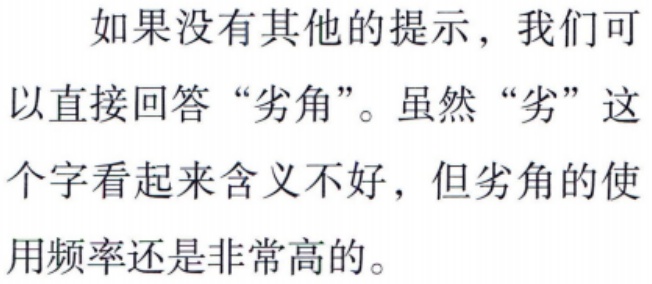
如果没有其他的提示，我们可以直接回答“劣角”。虽然“劣”这个字看起来含义不好，但劣角的使用频率还是非常高的。